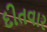
દીતવાર